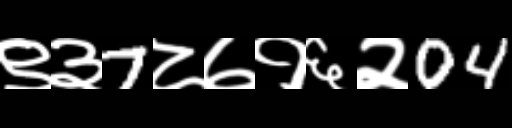
Text: ९३7८७१६२04